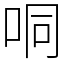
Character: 哃